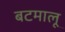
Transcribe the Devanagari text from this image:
बटमालू